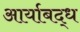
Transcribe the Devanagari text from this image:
आर्याबद्ध